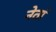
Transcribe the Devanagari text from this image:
नेतां